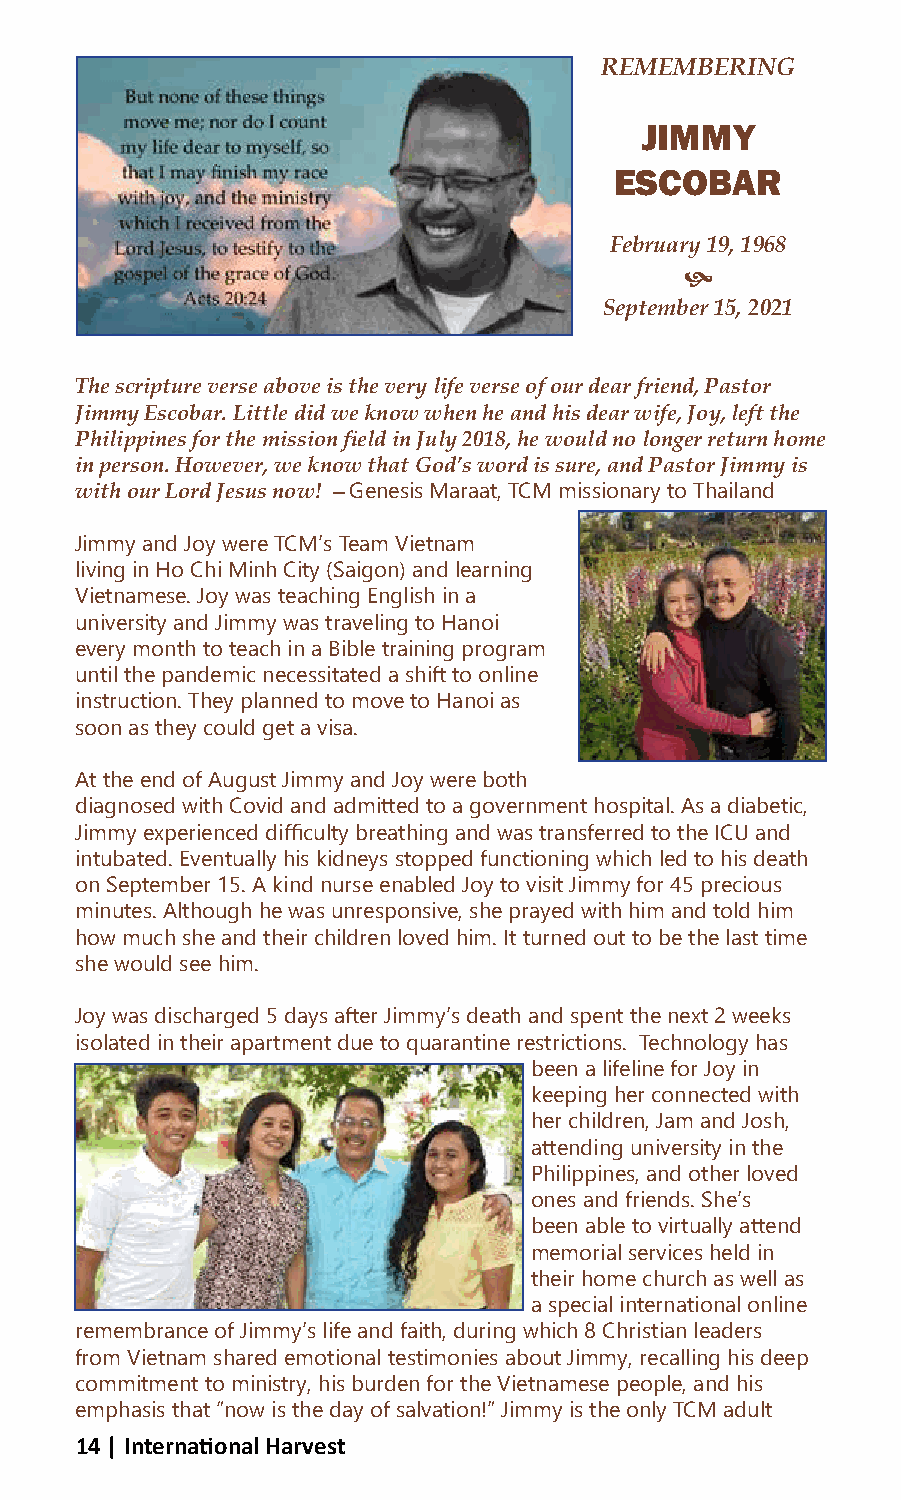
REMEMBERING
 JIMMY
 ESCOBAR
 February 19, 1968
 
 September 15, 2021
 The scripture verse above is the very life verse of our dear friend, Pastor
 Jimmy Escobar. Little did we know when he and his dear wife, Joy, left the
 Philippines for the mission field in July 2018, he would no longer return home
 in person. However, we know that God’s word is sure, and Pastor Jimmy is
 with our Lord Jesus now! —Genesis Maraat, TCM missionary to Thailand
 Jimmy and Joy were TCM’s Team Vietnam
 living in Ho Chi Minh City (Saigon) and learning
 Vietnamese. Joy was teaching English in a
 university and Jimmy was traveling to Hanoi
 every month to teach in a Bible training program
 until the pandemic necessitated a shift to online
 instruction. They planned to move to Hanoi as
 soon as they could get a visa.
 At the end of August Jimmy and Joy were both
 diagnosed with Covid and admitted to a government hospital. As a diabetic,
 Jimmy experienced difficulty breathing and was transferred to the ICU and
 intubated. Eventually his kidneys stopped functioning which led to his death
 on September 15. A kind nurse enabled Joy to visit Jimmy for 45 precious
 minutes. Although he was unresponsive, she prayed with him and told him
 how much she and their children loved him. It turned out to be the last time
 she would see him.
 Joy was discharged 5 days after Jimmy’s death and spent the next 2 weeks
 isolated in their apartment due to quarantine restrictions. Technology has
 been a lifeline for Joy in
 keeping her connected with
 her children, Jam and Josh,
 attending university in the
 Philippines, and other loved
 ones and friends. She’s
 been able to virtually attend
 memorial services held in
 their home church as well as
 a special international online
 remembrance of Jimmy’s life and faith, during which 8 Christian leaders
 from Vietnam shared emotional testimonies about Jimmy, recalling his deep
 commitment to ministry, his burden for the Vietnamese people, and his
 emphasis that “now is the day of salvation!” Jimmy is the only TCM adult
 14 | International Harvest